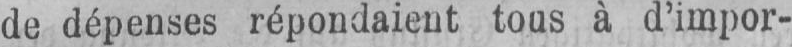
de dépenses répondaient tous à d’impor-